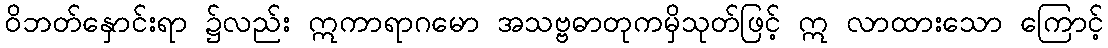
ဝိဘတ်နှောင်းရာ ၌လည်း ဣကာရာဂမော အသဗ္ဗဓာတုကမှိသုတ်ဖြင့် ဣ လာထားသော ကြောင့်